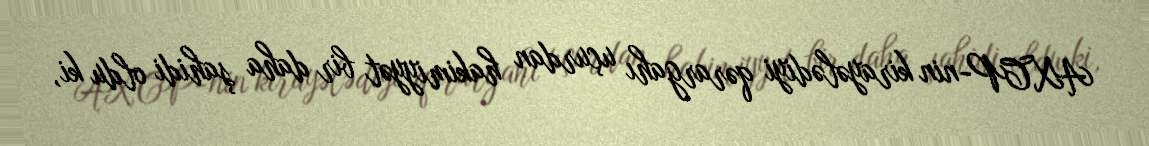
AXCP-nin kirayələdiyi qərargahı uçurdan hakimiyyət bir daha şahidi oldu ki,